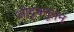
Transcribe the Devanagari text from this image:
ओट्टक्तूतन